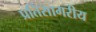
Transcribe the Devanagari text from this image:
प्रतिसागरीय